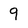
Character: 9